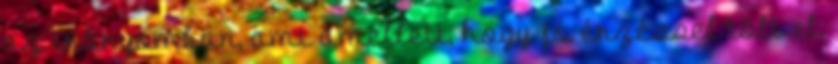
az irányomban, ami amellett, hogy jó érzéssel tölt el,